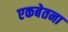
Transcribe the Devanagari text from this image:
एकबेतना